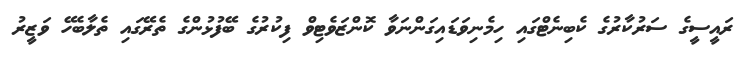
ރައީސީގެ ސަރުކާރުގެ ކެބިނެޓްގައި ހިމެނިވަޑައިގަންނަވާ ކޮންޒަވެޓިވް ފިކުރުގެ ބޭފުޅުންގެ ތެރޭގައި ތެލާބެހޭ ވަޒީރު